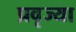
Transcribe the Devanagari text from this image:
प्रवृज्या